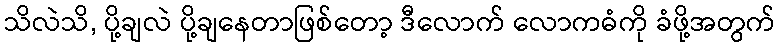
သိလဲသိ, ပို့ချလဲ ပို့ချနေတာဖြစ်တော့ ဒီလောက် လောကဓံကို ခံဖို့အတွက်